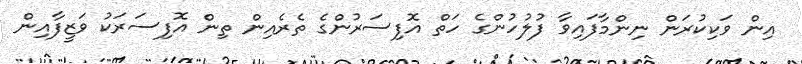
އިން ވަކިކުރަން ނިންމާފައިވާ ފުލުހުންގެ ހަތް އޮފިސަރުންގެ ތެރެއިން ތިން އޮފިސަރަކު ވަޒީފާއިން